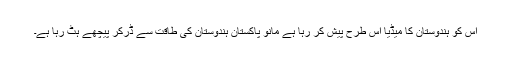
اس کو ہندوستان کا میڈیا اس طرح پیش کر رہا ہے مانو پاکستان ہندوستان کی طاقت سے ڈر‌کر پیچھے ہٹ رہا ہے۔